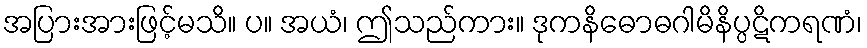
အပြားအားဖြင့်မသိ။ ပ။ အယံ၊ ဤသည်ကား။ ဒုကနိဓောဓဂါမိနိပ္ပဋိကရဏံ၊